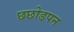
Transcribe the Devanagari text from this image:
छछोडपन